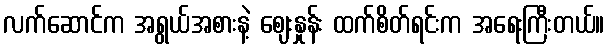
လက်ဆောင်က အရွယ်အစားနဲ့ ဈေးနှုန်း ထက်စိတ်ရင်းက အရေးကြီးတယ်။